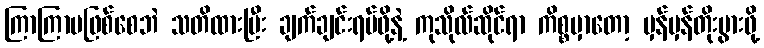
ကြာကြာမဖြစ်စေဘဲ သတိထားပြီး ချက်ချင်းရပ်ဖို့နဲ့ ကုသိုလ်ဆိုင်ရာ ကိစ္စမှာတော့ မှန်မှန်တိုးပွားဖို့